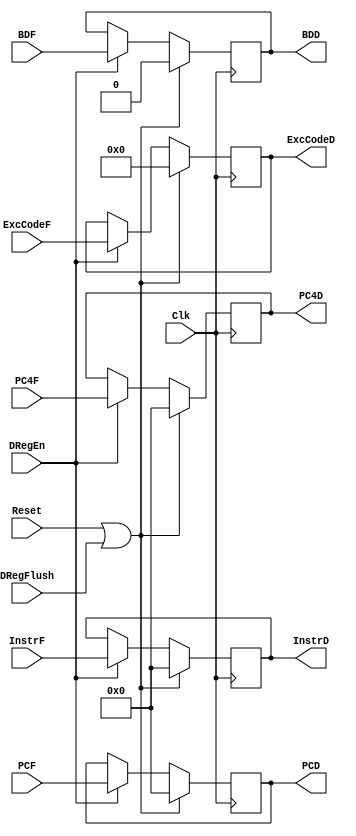
`timescale 1ns / 1ps
//////////////////////////////////////////////////////////////////////////////////
// Company: 
// Engineer: 
// 
// Design Name: 
// Module Name:    DReg 
// Project Name: 
// Target Devices: 
// Tool versions: 
// Description: 
//
// Dependencies: 
//
// Revision: 
// Revision 0.01 - File Created
// Additional Comments: 
//
//////////////////////////////////////////////////////////////////////////////////
module DReg(
	 input Clk,
	 input Reset,
	 input DRegEn,
	 input DRegFlush,
	 input BDF,
    input [31:0] InstrF,
    input [31:0] PC4F,
	 input [31:0] PCF,
	 input [6:2] ExcCodeF,
	 output reg BDD,
    output reg [31:0] InstrD,
    output reg [31:0] PC4D,
	 output reg [31:0] PCD,
	 output reg [6:2] ExcCodeD
    );

	always @ (posedge Clk) begin
		if (Reset || DRegFlush) begin
			BDD <= 0;
			InstrD <= 0;
			PC4D <= 0;
			PCD <= 0;
			ExcCodeD <= 0;
		end
		else if (DRegEn) begin
			BDD <= BDF;
			InstrD <= InstrF;
			PC4D <= PC4F;
			PCD <= PCF;
			ExcCodeD <= ExcCodeF;
		end
	end

endmodule